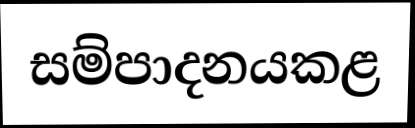
සම්පාදනයකළ